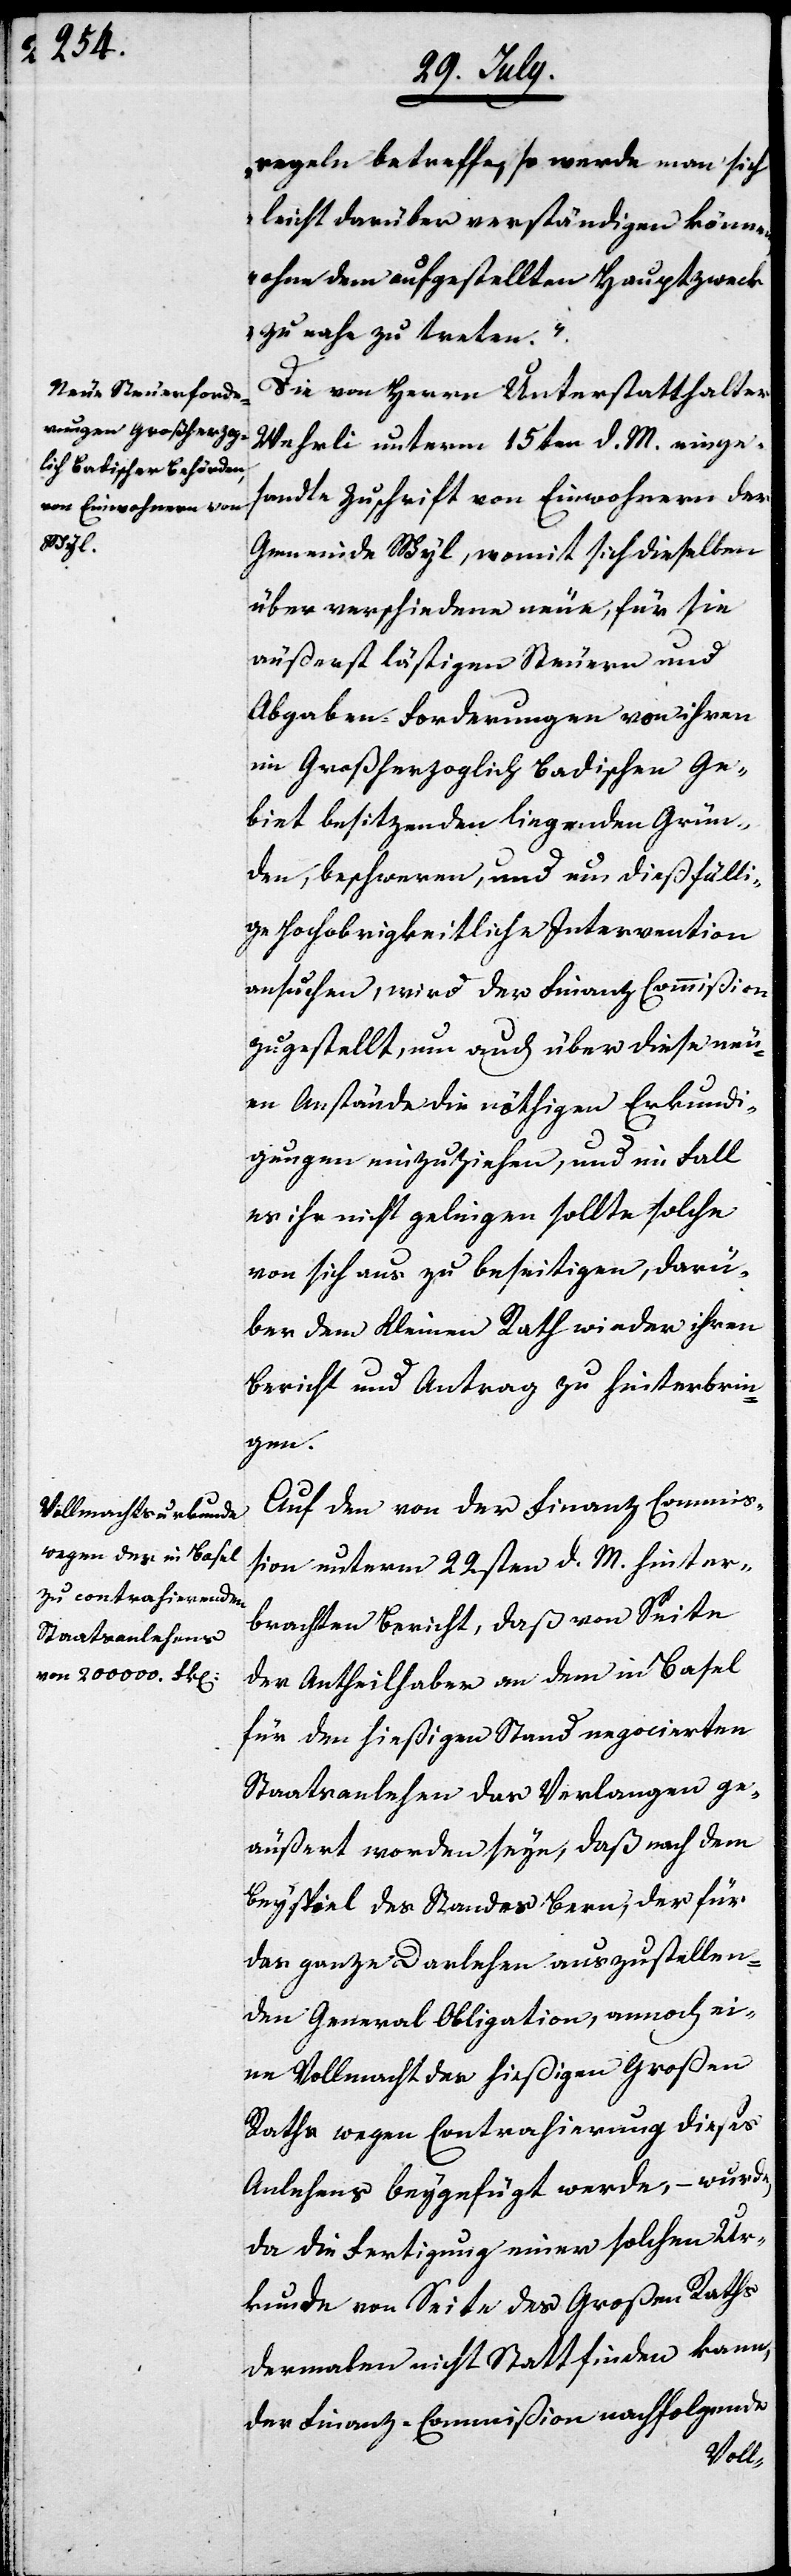
regeln betreffe, werde man sich
leicht darüber verständigen können,
ohne dem aufgestellten Hauptzweck
zu nahe zu treten.“
Die von Herrn Unterstatthalter
Wehrli unterm 15ten d. M. einge¬
sandte Zuschrift von Einwohnern der
Gemeinde Wyl, womit sich dieselben
über verschiedene neue, für sie
äußerst lästigen Steuern und
Abgaben-Forderungen von ihren
in Großherzoglich Badischen Ge¬
biet besitzenden liegenden Grün¬
den, beschweren, und nun dießfälli¬
ge Hochobrigkeitliche Intervention
ersuchen, wird der Finanz Commißion
zugestellt, um auch über diese neu¬
en Anstände die nöthigen Erkundi¬
gungen einzuziehen, und im Fall
es ihr nicht gelingen sollte, solche
von sich aus zu beseitigen, darü¬
ber dem Kleinen Rath wieder ihren
Bericht und Antrag zu hinterbrin¬
gen.
Auf den von der Finanz-Commiß¬
ion unterm 22sten d. M. hinter¬
brachten Bericht, daß von Seite
der Antheilhaber an dem in Basel
für den hießigen Stand negocierten
Staatsanlehen das Verlangen ge¬
äußert werden seye, daß nach dem
Beyspiel des Standes Bern, der für
das ganze Darlehen auszustellen¬
den General Obligation, annoch ei¬
ne Vollmacht des hießigen Großen
Raths wegen Contarhierung dieses
Anlehens beygefügt werde, – wurde,
da die Fertigung einer solchen Ur¬
kunde von Seite des Großen Raths
dermalen nicht Statt finden kann,
der Finanz-Commißion nachfolgende